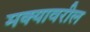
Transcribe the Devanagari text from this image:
मक्यावरील